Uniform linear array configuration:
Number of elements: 32
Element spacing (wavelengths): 1
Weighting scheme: exponential
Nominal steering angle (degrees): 45
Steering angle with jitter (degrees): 46.951
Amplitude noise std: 0.05
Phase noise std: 0.05

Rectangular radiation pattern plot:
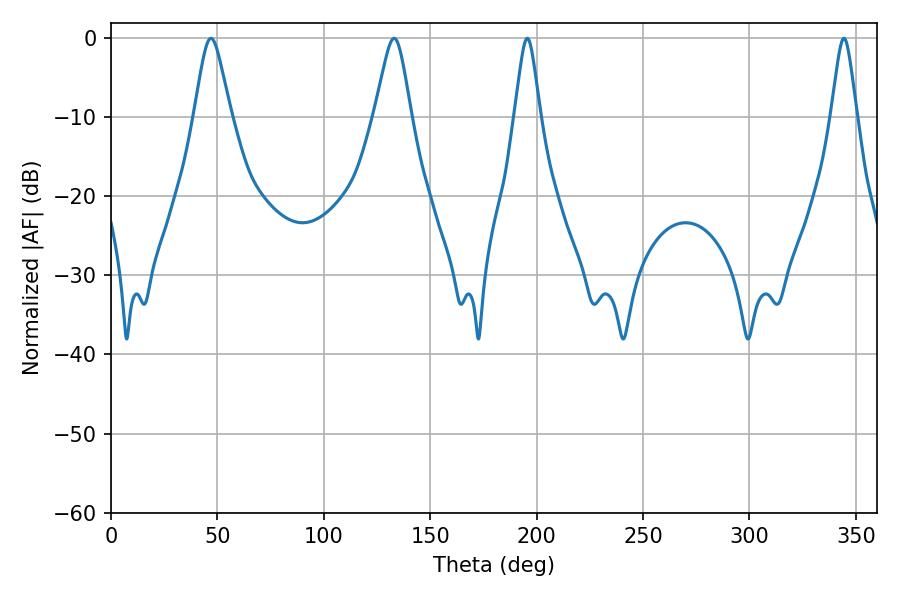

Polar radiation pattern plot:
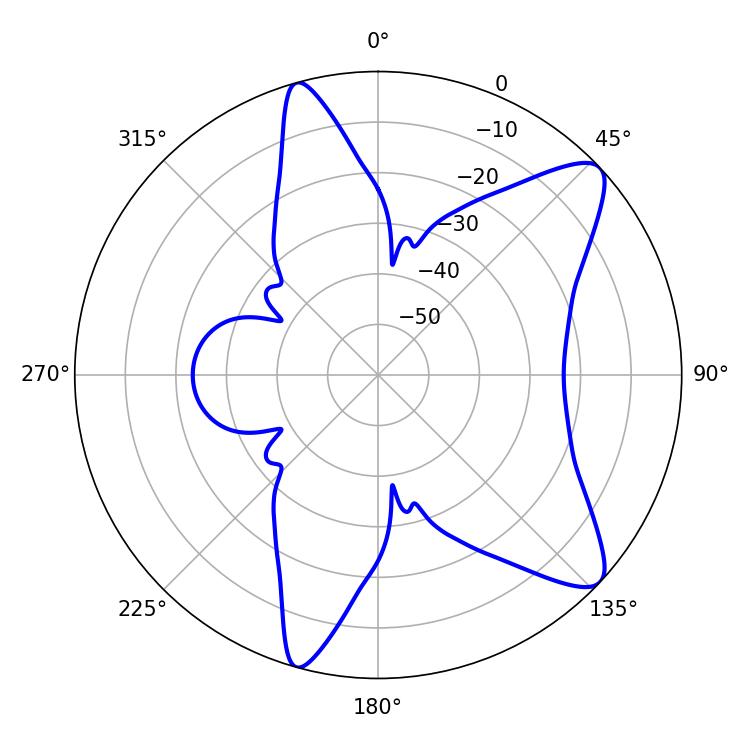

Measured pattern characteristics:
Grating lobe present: TRUE
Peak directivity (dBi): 10.122
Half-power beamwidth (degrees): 8.28
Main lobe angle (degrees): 46.98